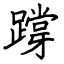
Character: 𨅝